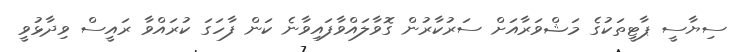
ސިޔާސީ ޕާޓީތަކުގެ މަޝްވަރާއަށް ސަރުކާރުން ގޮވާލައްވާފައިވާނެ ކަން ފާހަގަ ކުރައްވާ ރައީސް ވިދާޅުވީ